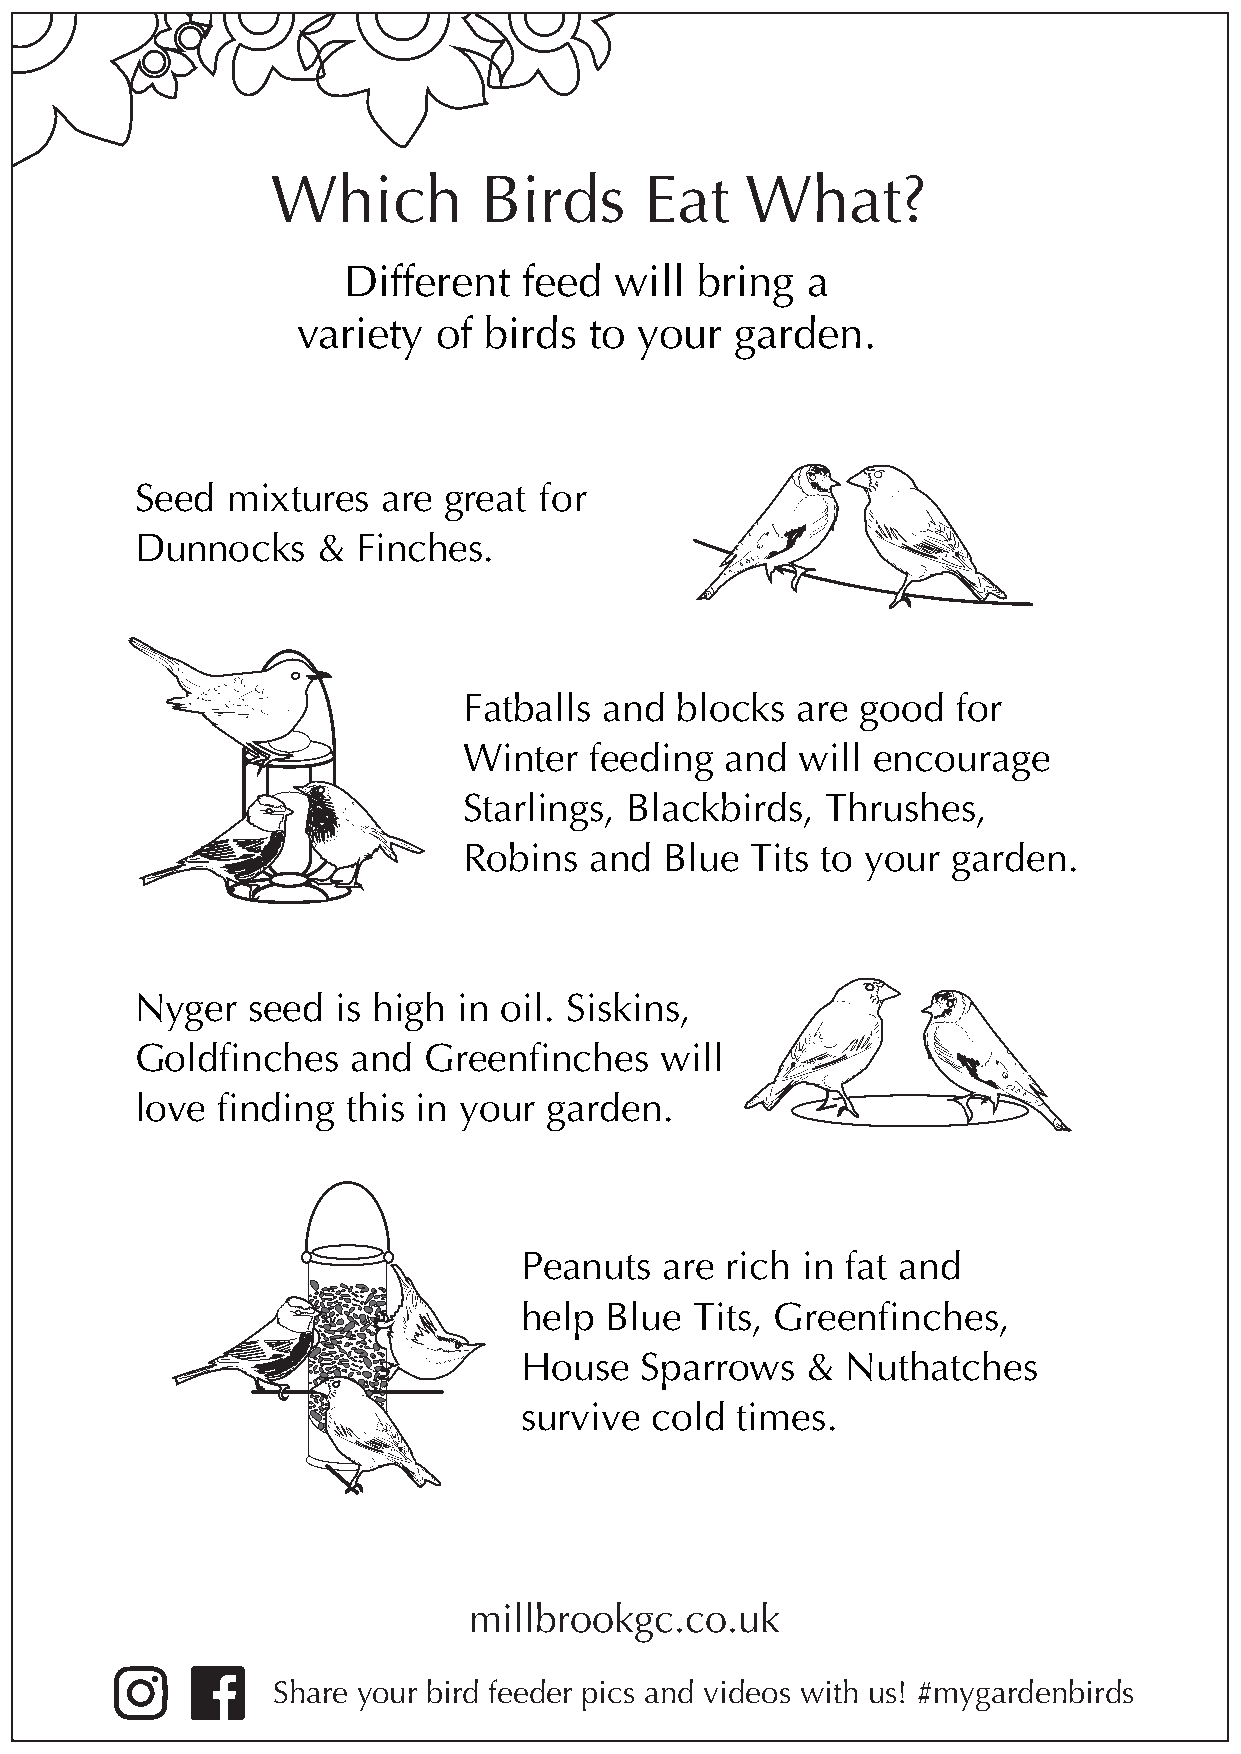
Which         Birds      Eat   What?
 Different   feed  will bring  a
 variety  of birds  to your   garden.
 Seed  mixtures  are great  for
 Dunnocks    &  Finches.
 Fatballs and  blocks  are good  for
 Winter  feeding  and  will encourage
 Starlings, Blackbirds,  Thrushes,
 Robins  and  Blue  Tits to your garden.
 Nyger  seed  is high in oil. Siskins,
 Goldfinches   and  Greenfinches    will
 love finding  this in your garden.
 Peanuts   are rich in fat and
 help  Blue  Tits, Greenfinches,
 House   Sparrows   &  Nuthatches
 survive  cold  times.
 millbrookgc.co.uk
 Share your bird feeder pics and videos with us! #mygardenbirds